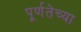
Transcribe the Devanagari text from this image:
पूर्णतेच्या